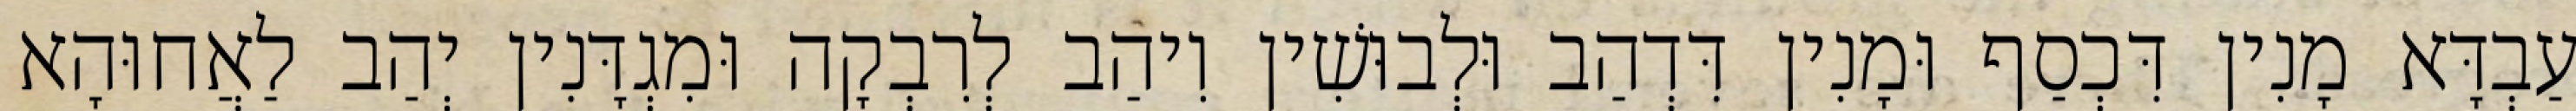
עַבְדָּא מָנִין דִּכְסַף וּמָנִין דִּדְהַב וּלְבוּשִׁין וִיהַב לְרִבְקָה וּמִגְדָּנִין יְהַב לַאֲחוּהָא